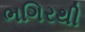
ભગિરથી